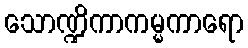
သောဏ္ဍိကာကမ္မကာရော